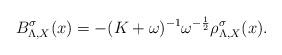
LaTeX: \begin{align*}B_{\Lambda, X}^\sigma(x) = -(K+\omega)^{-1}\omega^{-\frac{1}{2}}\rho_{\Lambda, X}^\sigma(x).\end{align*}